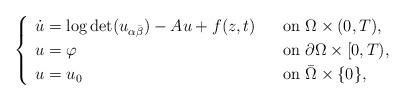
LaTeX: \begin{align*} \begin{cases} \begin{array}{ll} \dot{u}=\log\det (u_{\alpha\bar{\beta}})-Au+f(z,t)\;\;\;&\mbox{on}\;\Omega\times (0,T),\\ u=\varphi&\mbox{on}\;\partial\Omega\times [0,T),\\ u=u_0&\mbox{on}\;\bar{\Omega}\times\{ 0\},\\ \end{array} \end{cases} \end{align*}